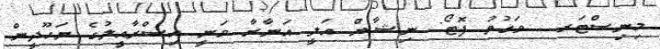
މިނިސްޓަރ  ވަގުތު ފޮޓޯ: ނިޝާން އަލީ އަނާރާ ވަނީ އިސްރާއީލުގެ ޔަހޫދީން